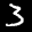
Label: 3